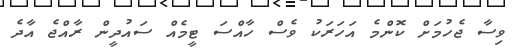
ވިސާ ޖެހުމަށް ކޮންމެ އަހަރަކު ވެސް ހާއްސަ ޓީމެއް ސައުދީން ރާއްޖެ އާދެ